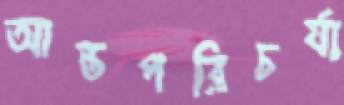
আন্তপরিচর্যা